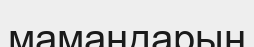
мамандарын